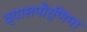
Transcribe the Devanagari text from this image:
व्यासपौर्णिमा